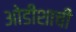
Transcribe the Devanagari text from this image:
ओडीशाची